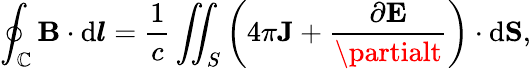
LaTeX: \oint_{\mathbb{C}}\mathbf{{B}}\cdot\mathrm{{d}}{\boldsymbol{l}}={\frac{{1}}{{c}}}\iint_{S}\left(4\pi\mathbf{{J}}+{\frac{{\partial\mathbf{{E}}}}{{\partialt}}}\right)\cdot\mathrm{{d}}\mathbf{{S}},